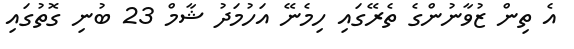
އެ ތިން ޒުވާނުންގެ ތެރޭގައި ހިމެނޭ އަހުމަދު ޝާމް 23 ބުނި ގޮތުގައި